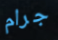
جرام